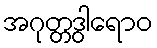
အဂုတ္တဒွါရောဝ